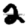
Digit: 2